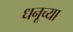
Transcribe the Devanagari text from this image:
धनूच्या